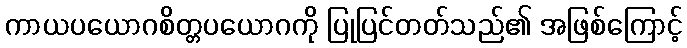
ကာယပယောဂစိတ္တပယောဂကို ပြုပြင်တတ်သည်၏ အဖြစ်ကြောင့်